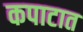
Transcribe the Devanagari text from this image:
कपाटात